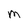
Character: M